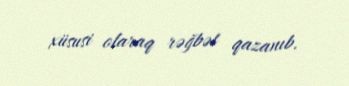
xüsusi olaraq rəğbət qazanıb.